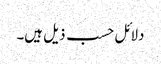
دلائل حسب ذیل ہیں۔